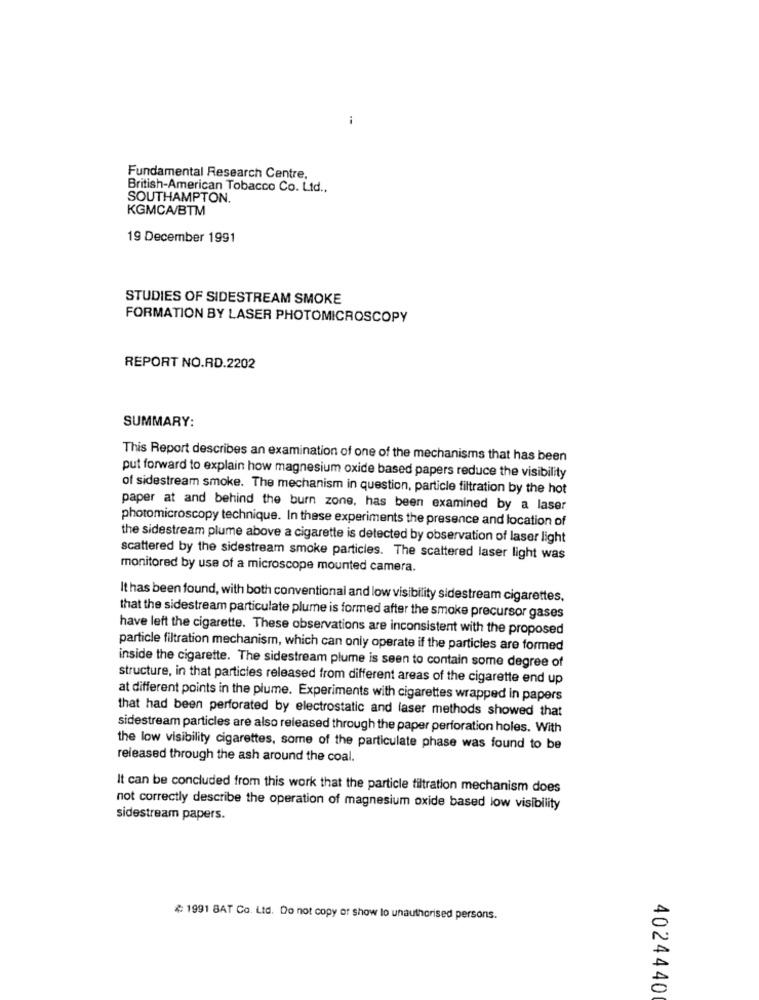
i
Fundamental Research Centre,
British-American Tobacco Co. Ltd .,
SOUTHAMPTON.
KGMCA/BTM
19 December 1991
STUDIES OF SIDESTREAM SMOKE
FORMATION BY LASER PHOTOMICROSCOPY
REPORT NO.RD.2202
SUMMARY:
This Report describes an examination of one of the mechanisms that has been
put forward to explain how magnesium oxide based papers reduce the visibility
of sidestream smoke. The mechanism in question, particle filtration by the hot
paper at and behind the burn zone, has been examined by a laser
photomicroscopy technique. In these experiments the presence and location of
the sidestream plume above a cigarette is detected by observation of laser light
scattered by the sidestream smoke particles. The scattered laser light was
monitored by use of a microscope mounted camera.
It has been found, with both conventional and low visibility sidestream cigarettes,
that the sidestream particulate plume is formed after the smoke precursor gases
have left the cigarette. These observations are inconsistent with the proposed
particle filtration mechanism, which can only operate if the particles are formed
inside the cigarette. The sidestream plume is seen to contain some degree of
structure, in that particles released from different areas of the cigarette end up
at different points in the plume. Experiments with cigarettes wrapped in papers
that had been perforated by electrostatic and laser methods showed that
sidestream particles are also released through the paper perforation holes. With
the low visibility cigarettes, some of the particulate phase was found to be
released through the ash around the coal.
It can be concluded from this work that the particle tiltration mechanism does
not correctly describe the operation of magnesium oxide based low visibility
sidestream papers.
#1991 8AT Co. Ltd. Do not copy or show to unauthorised persons.
4024440